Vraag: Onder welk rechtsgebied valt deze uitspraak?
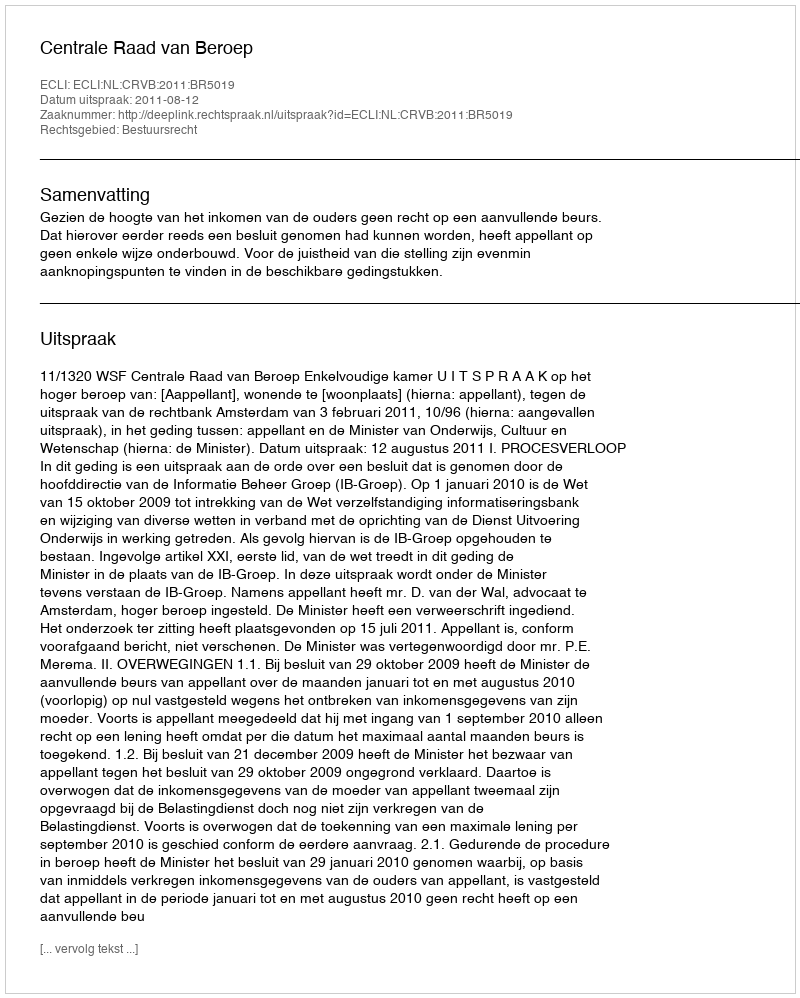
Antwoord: Bestuursrecht